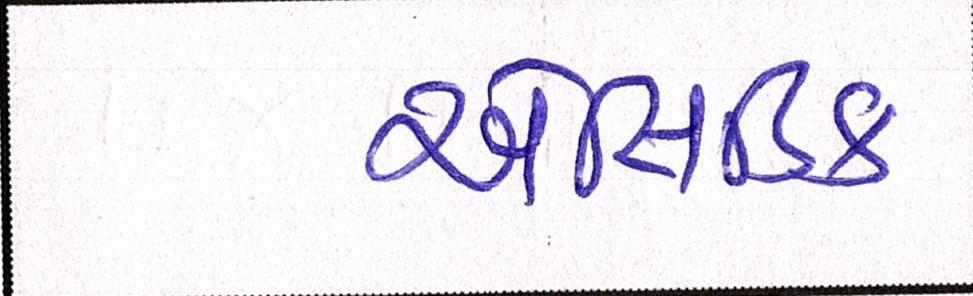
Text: એસિડિક